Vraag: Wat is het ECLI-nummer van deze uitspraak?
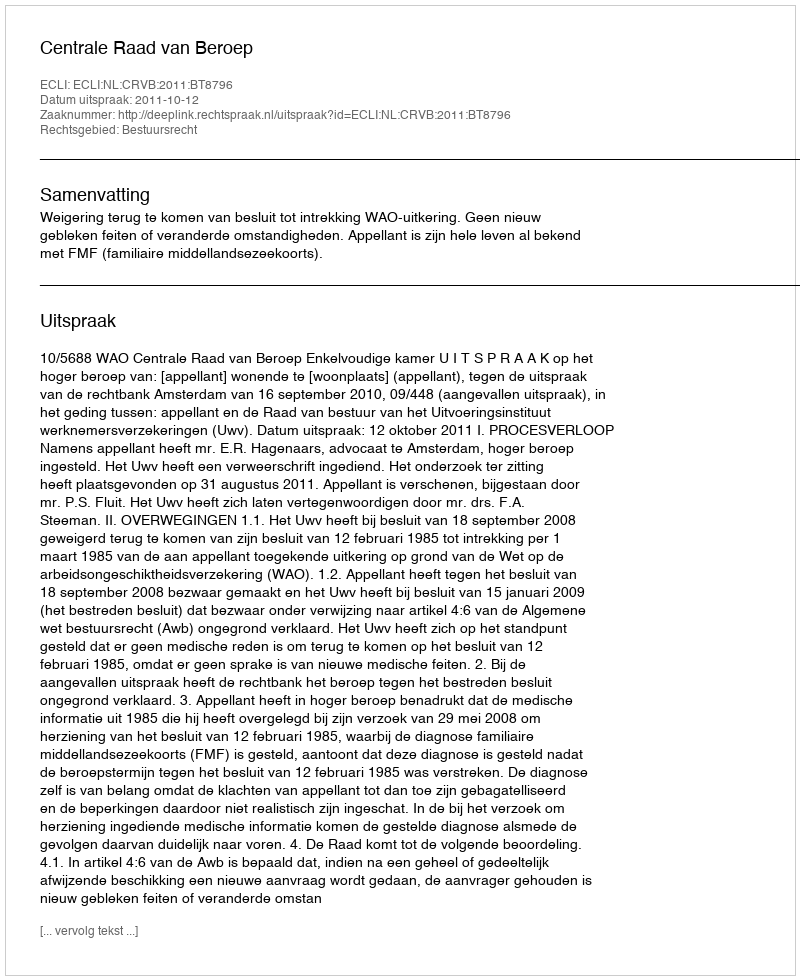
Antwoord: ECLI:NL:CRVB:2011:BT8796